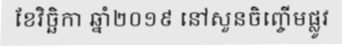
ខែវិច្ឆិកា ឆ្នាំ២០១៩ នៅសួនចិញ្ចើមផ្លូវ